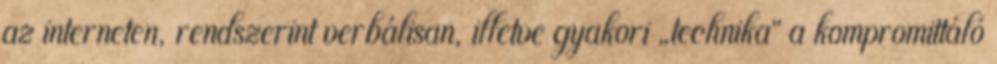
az interneten, rendszerint verbálisan, illetve gyakori „technika” a kompromittáló